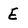
Character: E